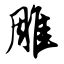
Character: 雕